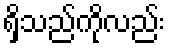
ရှိသည်ကိုလည်း